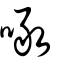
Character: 噉